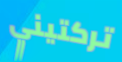
تركتيني